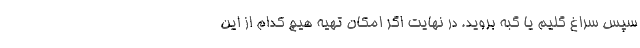
سپس سراغ گلیم یا گبه بروید. در نهایت اگر امکان تهیه هیچ کدام از این